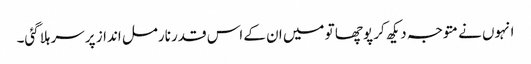
انہوں نے متوجہ دیکھ کر پوچھا تو میں ان کے اس قدر نارمل انداز پر سر ہلاگئی۔